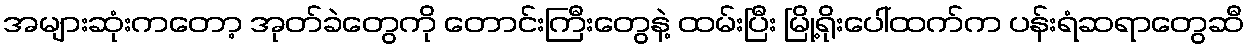
အများဆုံးကတော့ အုတ်ခဲတွေကို တောင်းကြီးတွေနဲ့ ထမ်းပြီး မြို့ရိုးပေါ်ထက်က ပန်းရံဆရာတွေဆီ